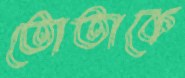
তোতাকে